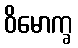
ဝိမောက္ခ